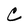
Character: C